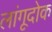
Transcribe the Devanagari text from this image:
लांगूदोक